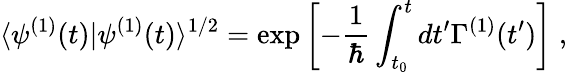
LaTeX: \langle\psi^{(1)}(t)|\psi^{(1)}(t)\rangle^{1/2}=\exp\left[-\frac{1}{\hbar}\int_{t_{0}}^{t}dt^{\prime}\Gamma^{(1)}(t^{\prime})\right]\; ,